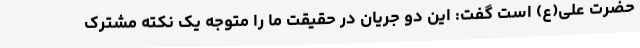
حضرت علی(ع) است گفت: این دو جریان در حقیقت ما را متوجه یک نکته مشترک